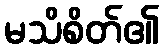
မသိစိတ်၏